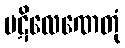
ပဋိလေဏေတုံ